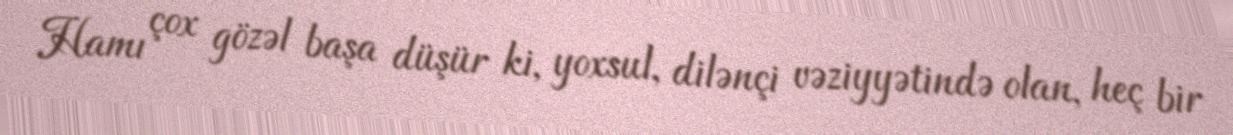
Hamı çox gözəl başa düşür ki, yoxsul, dilənçi vəziyyətində olan, heç bir